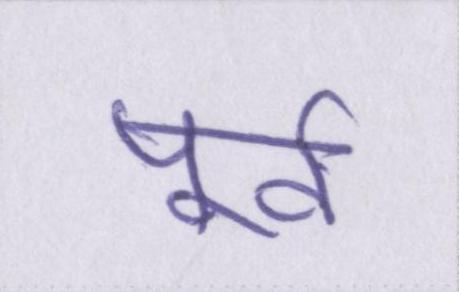
पूर्व